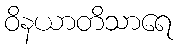
ဝိနယာတိသာရေ